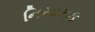
નિયામક